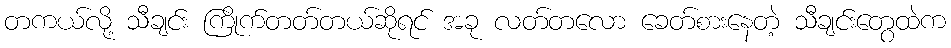
တကယ်လို့ သီချင်း ကြိုက်တတ်တယ်ဆိုရင် အခု လတ်တလော ခေတ်စားနေတဲ့ သီချင်းတွေထဲက